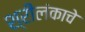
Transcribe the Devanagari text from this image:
श्रीलंकाचे